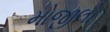
મોજીલો